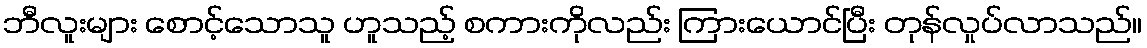
ဘီလူးများ စောင့်သောသူ ဟူသည့် စကားကိုလည်း ကြားယောင်ပြီး တုန်လှုပ်လာသည်။